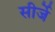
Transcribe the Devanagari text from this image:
सीर्जे